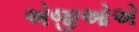
એજીઓએ